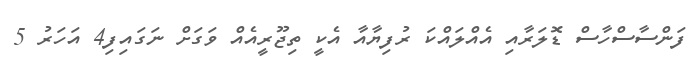
ފަންސާސްހާސް ޑޮލަރާއި އެއްލައްކަ ރުފިޔާއާ އެކީ ތިޖޫރީއެއް ވަގަށް ނަގައިފި4 އަހަރު 5